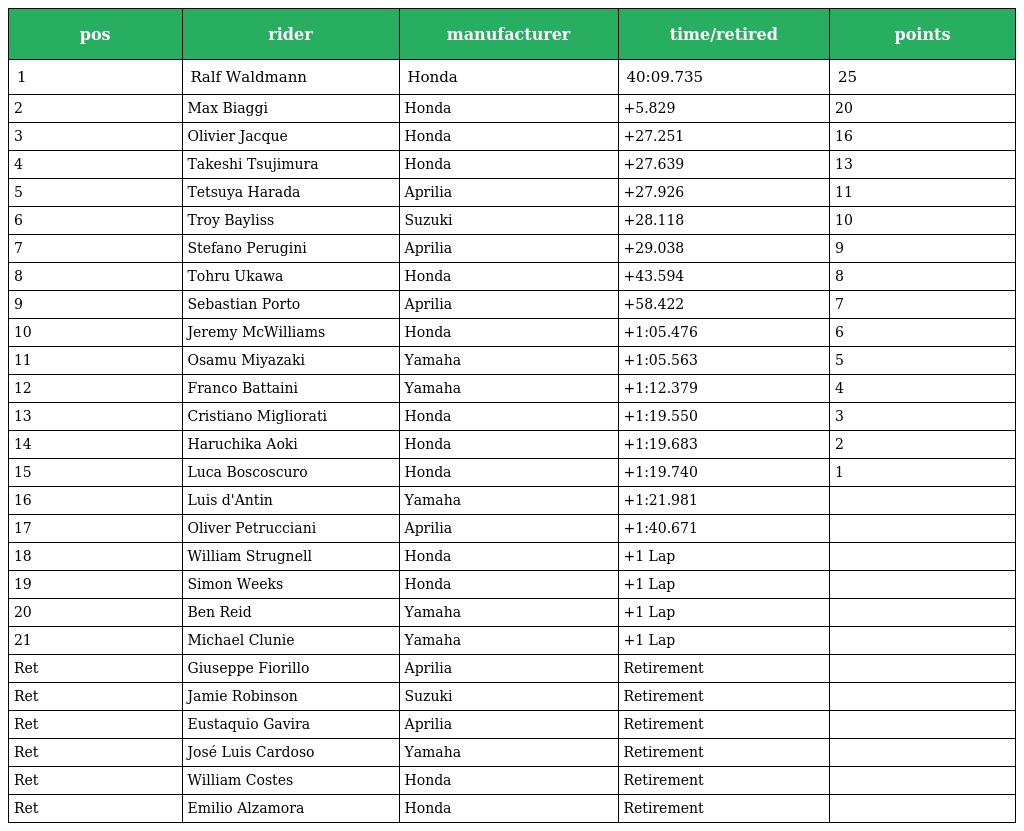
| pos | rider | manufacturer | time/retired | points |
 | --- | --- | --- | --- | --- |
 | 1 | Ralf Waldmann | Honda | 40:09.735 | 25 |
 | 2 | Max Biaggi | Honda | +5.829 | 20 |
 | 3 | Olivier Jacque | Honda | +27.251 | 16 |
 | 4 | Takeshi Tsujimura | Honda | +27.639 | 13 |
 | 5 | Tetsuya Harada | Aprilia | +27.926 | 11 |
 | 6 | Troy Bayliss | Suzuki | +28.118 | 10 |
 | 7 | Stefano Perugini | Aprilia | +29.038 | 9 |
 | 8 | Tohru Ukawa | Honda | +43.594 | 8 |
 | 9 | Sebastian Porto | Aprilia | +58.422 | 7 |
 | 10 | Jeremy McWilliams | Honda | +1:05.476 | 6 |
 | 11 | Osamu Miyazaki | Yamaha | +1:05.563 | 5 |
 | 12 | Franco Battaini | Yamaha | +1:12.379 | 4 |
 | 13 | Cristiano Migliorati | Honda | +1:19.550 | 3 |
 | 14 | Haruchika Aoki | Honda | +1:19.683 | 2 |
 | 15 | Luca Boscoscuro | Honda | +1:19.740 | 1 |
 | 16 | Luis d'Antin | Yamaha | +1:21.981 |  |
 | 17 | Oliver Petrucciani | Aprilia | +1:40.671 |  |
 | 18 | William Strugnell | Honda | +1 Lap |  |
 | 19 | Simon Weeks | Honda | +1 Lap |  |
 | 20 | Ben Reid | Yamaha | +1 Lap |  |
 | 21 | Michael Clunie | Yamaha | +1 Lap |  |
 | Ret | Giuseppe Fiorillo | Aprilia | Retirement |  |
 | Ret | Jamie Robinson | Suzuki | Retirement |  |
 | Ret | Eustaquio Gavira | Aprilia | Retirement |  |
 | Ret | José Luis Cardoso | Yamaha | Retirement |  |
 | Ret | William Costes | Honda | Retirement |  |
 | Ret | Emilio Alzamora | Honda | Retirement |  |